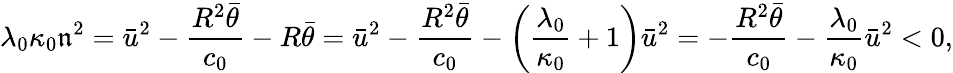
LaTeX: \lambda_{0}\kappa_{0}\mathfrak{n}^{2}=\bar{{u}}^{2}-\frac{{R^{2}\bar{{\theta}}}}{{c_{0}}}-R\bar{{\theta}}=\bar{{u}}^{2}-\frac{{R^{2}\bar{{\theta}}}}{{c_{0}}}-\left(\frac{{\lambda_{0}}}{{\kappa_{0}}}+1\right)\bar{{u}}^{2}=-\frac{{R^{2}\bar{{\theta}}}}{{c_{0}}}-\frac{{\lambda_{0}}}{{\kappa_{0}}}\bar{{u}}^{2}<0,